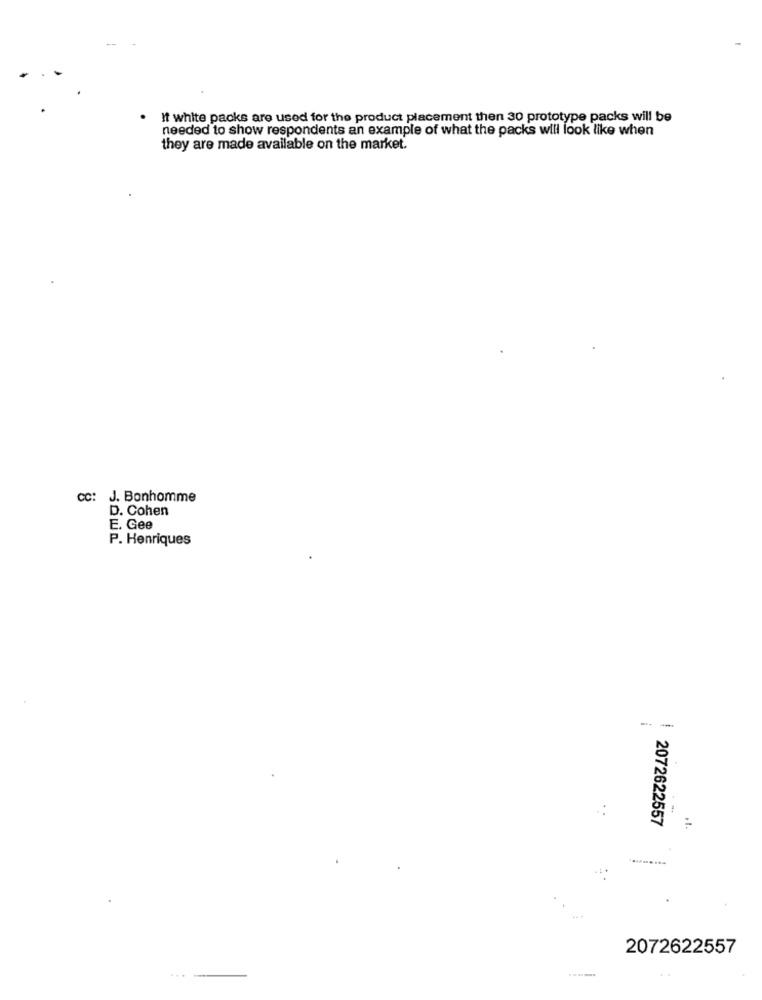
It white packs are used for the product placement then 30 prototype packs will be
needed to show respondents an example of what the packs will look like when
they are made available on the market.
Cc: J. Bonhomme
D. Cohen
E. Gee
P. Henriques
--
2072622557
2072622557